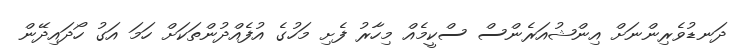
ދަނޑުވެރިންނަށް އިންޝުއަރެންސް ސްކީމެއް މިހާރު ފެށި މަހުގެ އުފެއްދުންތަކަށް ހަމަ އަގު ހޯދައިދޭން